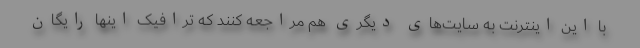
با این اینترنت به سایت‌های دیگری هم مراجعه کنند که ترافیک اینها رایگان